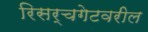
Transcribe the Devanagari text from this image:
रिसर्चगेटवरील